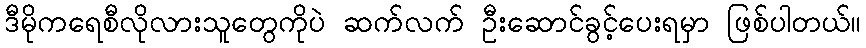
ဒီမိုကရေစီလိုလားသူတွေကိုပဲ ဆက်လက် ဦးဆောင်ခွင့်ပေးရမှာ ဖြစ်ပါတယ်။